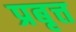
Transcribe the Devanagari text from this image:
प्रबृत्त